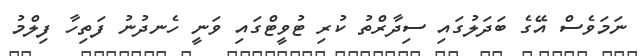
ނަމަވެސް އޭގެ ބަދަލުގައި ސިދާރްތު ކުރި ޓުވީޓްގައި ވަނީ ހެނދުނު ފަތިހާ ފިލްމު